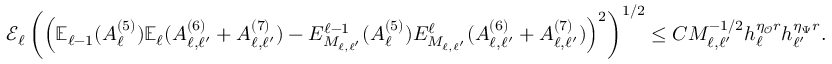
\begin{array} { r } { \mathcal { E } _ { \ell } \left( \left( \mathbb { E } _ { \ell - 1 } ( A _ { \ell } ^ { ( 5 ) } ) \mathbb { E } _ { \ell } ( A _ { \ell , \ell ^ { \prime } } ^ { ( 6 ) } + A _ { \ell , \ell ^ { \prime } } ^ { ( 7 ) } ) - E _ { M _ { \ell , \ell ^ { \prime } } } ^ { \ell - 1 } ( A _ { \ell } ^ { ( 5 ) } ) E _ { M _ { \ell , \ell ^ { \prime } } } ^ { \ell } ( A _ { \ell , \ell ^ { \prime } } ^ { ( 6 ) } + A _ { \ell , \ell ^ { \prime } } ^ { ( 7 ) } ) \right) ^ { 2 } \right) ^ { 1 / 2 } \le C M _ { \ell , \ell ^ { \prime } } ^ { - 1 / 2 } h _ { \ell } ^ { \eta _ { \mathcal { O } } r } h _ { \ell ^ { \prime } } ^ { \eta _ { \Psi } r } . } \end{array}